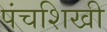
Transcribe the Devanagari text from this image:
पंचशिखी